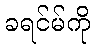
ခရင်မ်ကို